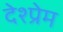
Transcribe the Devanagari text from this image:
देश्प्रेम